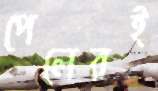
পেলেরই